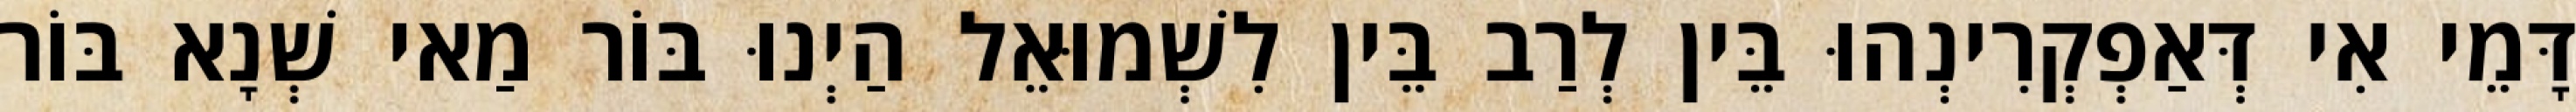
דָּמֵי אִי דְּאַפְקְרִינְהוּ בֵּין לְרַב בֵּין לִשְׁמוּאֵל הַיְנוּ בּוֹר מַאי שְׁנָא בּוֹר